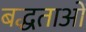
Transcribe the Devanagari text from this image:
बद्धताओं